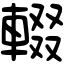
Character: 輟